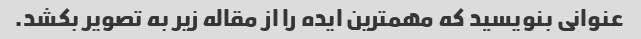
عنوانی بنویسید که مهمترین ایده را از مقاله زیر به تصویر بکشد.